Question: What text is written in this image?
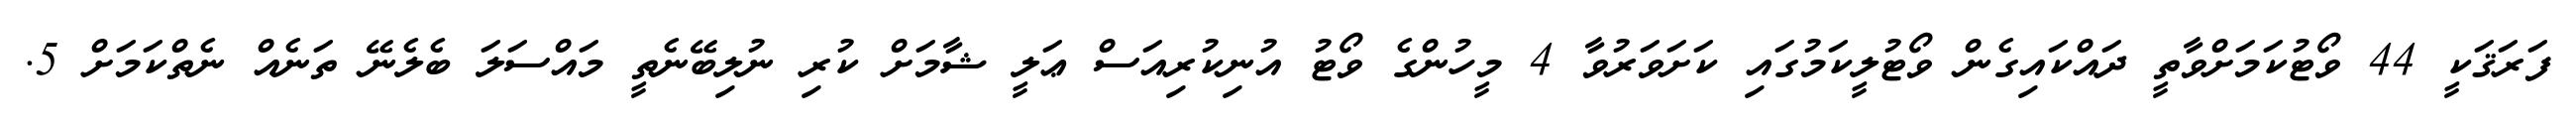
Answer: ފަރަޤަކީ 44 ވޯޓުކަމަށްވާތީ ދައްކައިގެން ވޯޓުލީކަމުގައި ކަށަވަރުވާ 4 މީހުންގެ ވޯޓު އުނިކުރިއަސް ޢަލީ ޝާމަށް ކުރި ނުލިބޭނެތީ މައްސަލަ ބެލެނޭ ތަނެއް ނެތްކަމަށް 5.